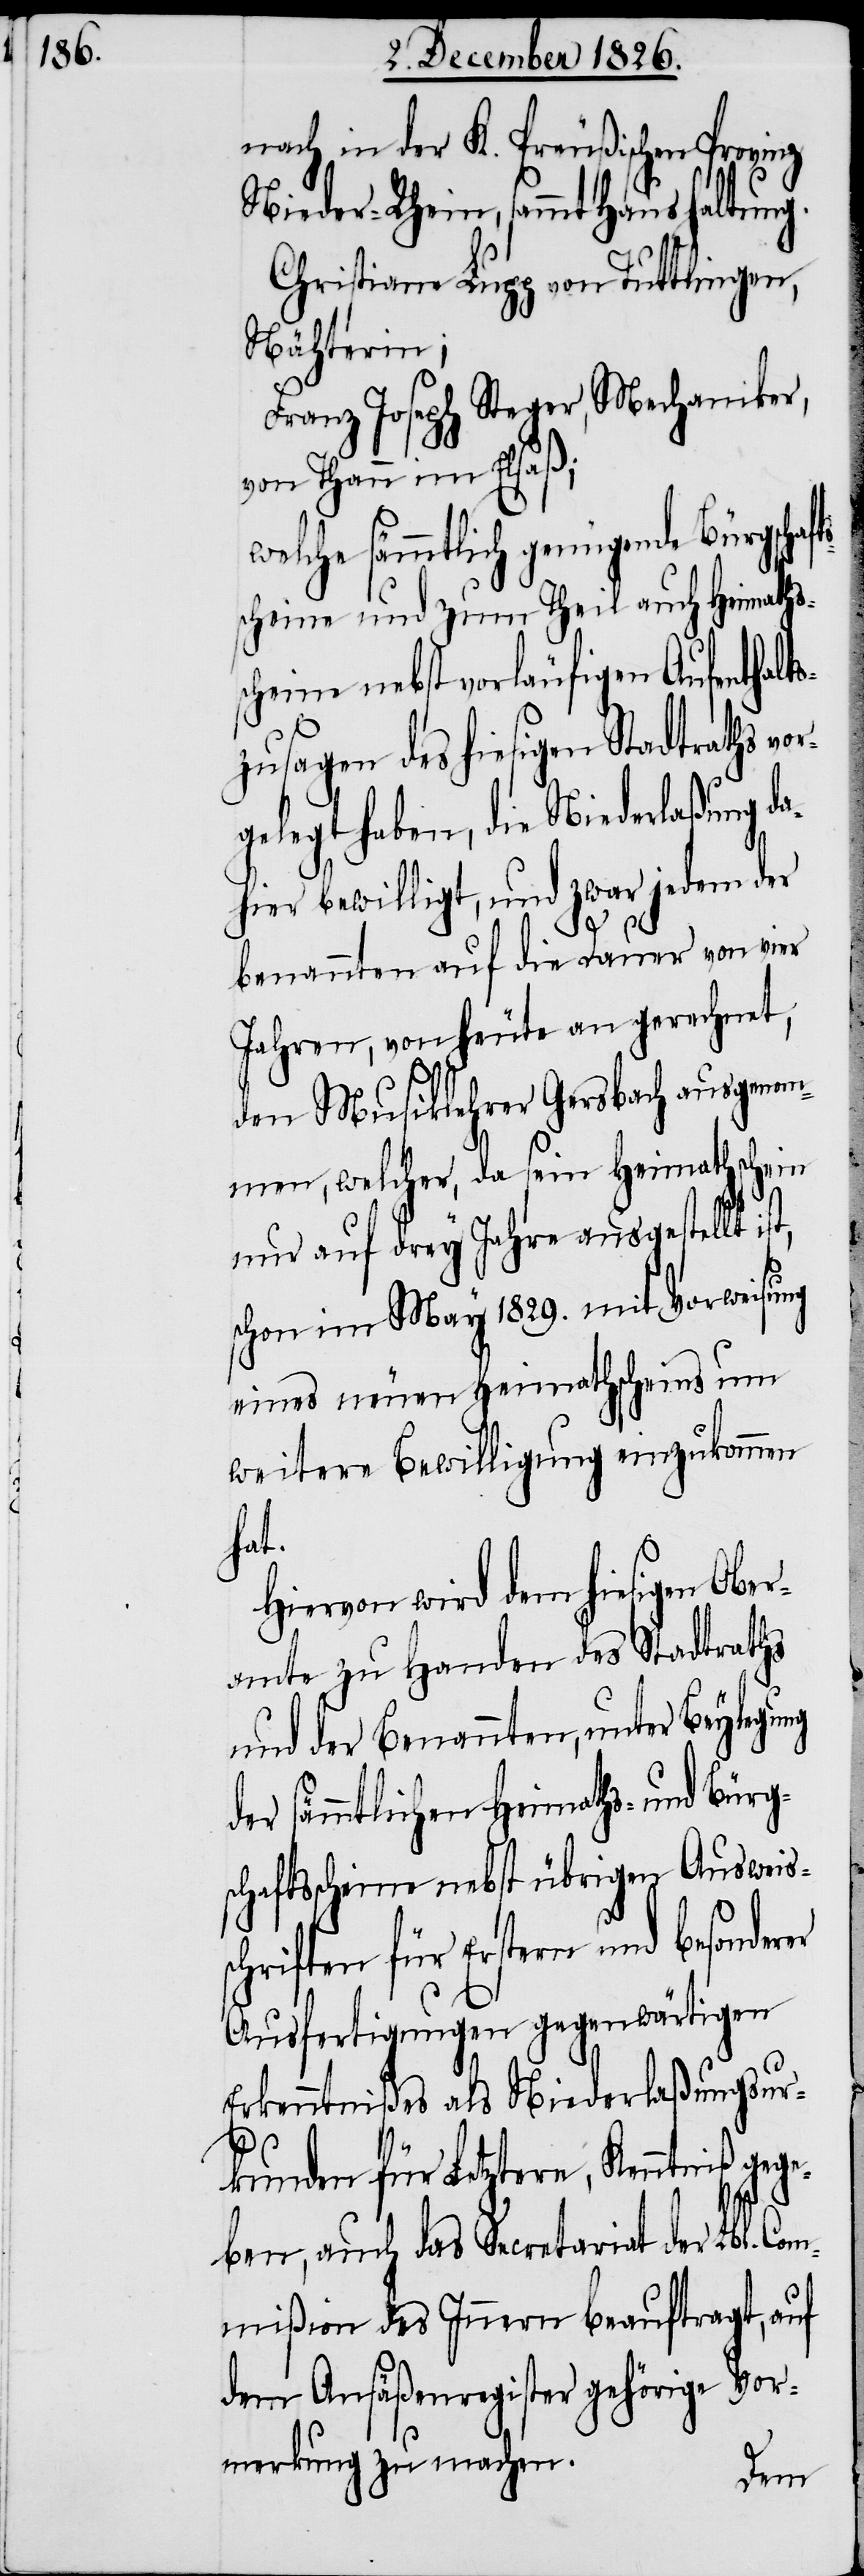
nach in der K. Preußischen Provinz
Nieder-Rhein, sammt Haushaltung.
Christiane Lupp von Tuttlingen,
Nähterin;
Franz Joseph Steger, Mechaniker,
von Thann im Elsaß;
welche sämmtlich genügende Bürgscha¬
scheine und zum theil auch Heimaths¬
scheine nebst vorläufigen Aufenthalt¬
szusagen des hiesigen Stadtraths vo¬
rgelegt haben, die Niederlaßung da¬
hier bewilligt, und zwar jedem der
t,
benannten auf die Dauer von vier
Jahren, von heute an gerechnet,
den Musiklehrer Gersbach ausgenom¬
men, welcher, da sein Heimathschein
nur auf drey Jahre ausgestellt is¬
schon im May 1829. mit Vorweisung
eines neuen Heimathscheins um
weitere Bewilligung einzukommen
hat.
Hiervon wird dem hiesigen Ober¬
amte zu Handen des Stadtraths
und der Benannten, unter Beylegung
der sämmtlichen Heimaths- und Bürg¬
schaftsscheine nebst übrigen Ausweis¬
schriften für Erstern und besonderer
Ausfertigungen gegenwärtigen
Erkenntnißes als Niederlaßungsur¬
Co¬
kunden für Letztere, Kenntniß gege¬
ben, auch das Secretariat der Lb¬
mmißion des Innern beauftragt, auf
dem Ansäßenregister gehörige Vor¬
merkung zu machen.